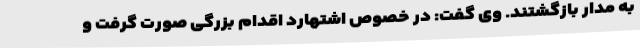
به مدار بازگشتند. وی گفت: در خصوص اشتهارد اقدام بزرگی صورت گرفت و